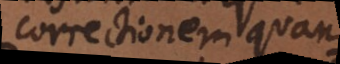
correctionem quandam